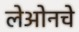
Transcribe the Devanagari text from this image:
लेओनचे